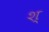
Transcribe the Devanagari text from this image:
श्‌